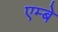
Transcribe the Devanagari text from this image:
एम्बे